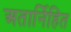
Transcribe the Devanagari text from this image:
अतार्निहित